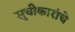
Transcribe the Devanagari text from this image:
सूचीकारांचे